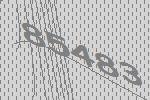
85483